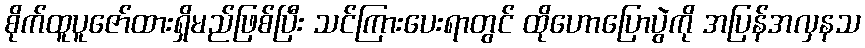
စိုက်ထူပူဇော်ထားရှိမည်ဖြစ်ပြီး သင်ကြားပေးရာတွင် ထိုဟောပြောပွဲကို အပြန်အလှနသ